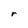
Character: r